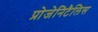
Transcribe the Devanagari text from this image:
प्रोजेनिटैलिस